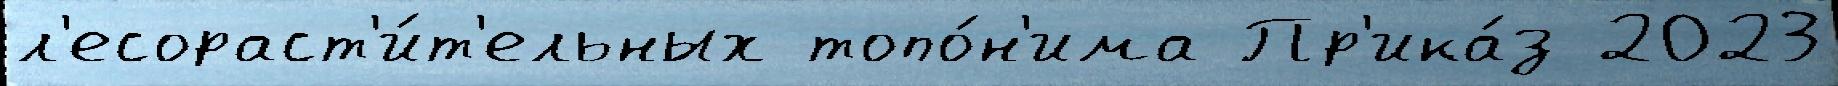
л'есораст'и́т'ельных топо́н'има Пр'ика́з 2023